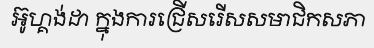
អ៊ូហ្គង់ដា ក្នុងការជ្រើសរើសសមាជិកសភា